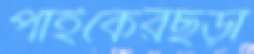
পাইকেরছড়া